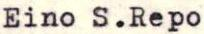
Eino S.Repo